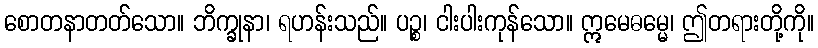
စောတနာတတ်သော။ ဘိက္ခုနာ၊ ရဟန်းသည်။ ပဉ္စ၊ ငါးပါးကုန်သော။ ဣမေဓမ္မေ၊ ဤတရားတို့ကို။